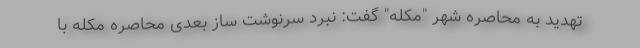
تهدید به محاصره شهر "مکله" گفت: نبرد سرنوشت ساز بعدی محاصره مکله با